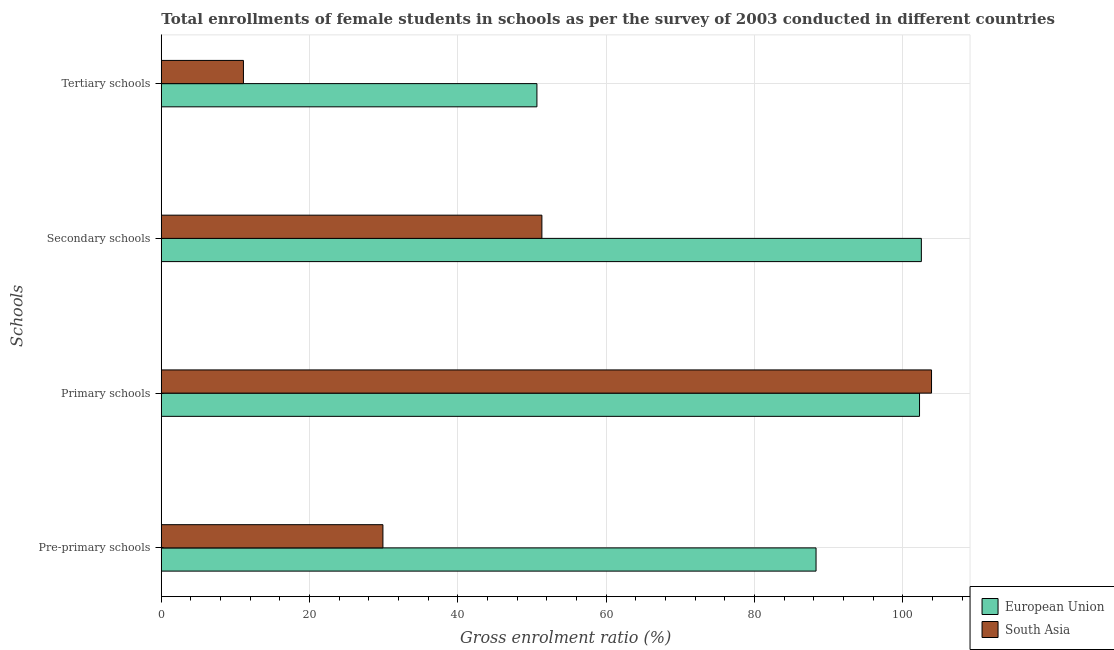
| Schools | European Union | South Asia |
 | --- | --- | --- |
 | Pre-primary schools | 88.3 | 29.9 |
 | Primary schools | 102 | 104 |
 | Secondary schools | 102 | 51.3 |
 | Tertiary schools | 50.6 | 11.1 |